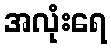
အလုံးရေ